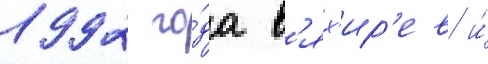
1992 го́да в'ях'ир'ев и́